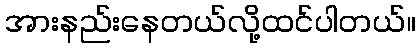
အားနည်းနေတယ်လို့ထင်ပါတယ်။